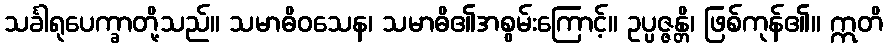
သင်္ခါရုပေက္ခာတို့သည်။ သမာဓိဝသေန၊ သမာဓိ၏အစွမ်းကြောင့်။ ဥပ္ပဇ္ဇန္တိ၊ ဖြစ်ကုန်၏။ ဣတိ